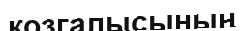
қозгалысының